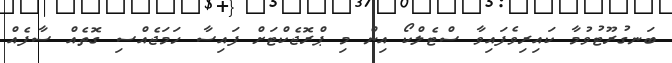
ބަނގުރޫޓުވުމާ ކައިރިވެފައިވާ ސްޓެލްކޯ އިން މި ޕްރޮޖެކްޓަށް ފައިސާ ހަމަޖެއްސި ގޮތެއް ސާފެއް